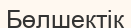
Бөлшектік